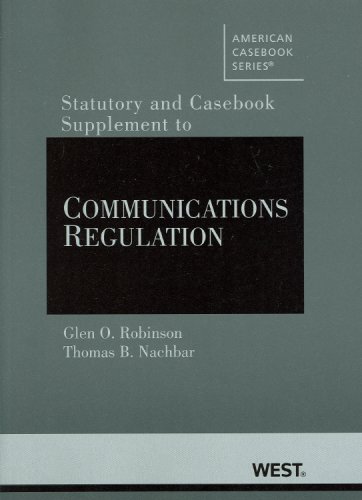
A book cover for Documents Supplement to Communications Regulation (American Casebook Series); Glen Robinson; Law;